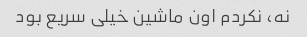
نه، نکردم اون ماشین خیلی سریع بود